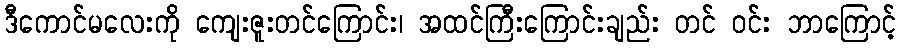
ဒီကောင်မလေးကို ကျေးဇူးတင်ကြောင်း၊ အထင်ကြီးကြောင်းချည်း တင် ဝင်း ဘာကြောင့်